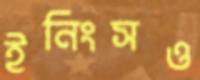
ইনিংসও